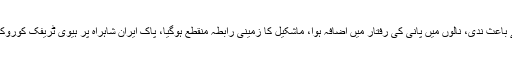
جس کے باعث ندی، نالوں میں پانی کی رفتار میں اضافہ ہوا، ماشکیل کا زمینی رابطہ منقطع ہوگیا، پاک ایران شاہراہ پر ہیوی ٹریفک کوروک دیا گیا۔